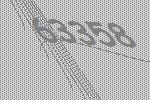
63358